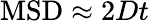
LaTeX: \mathrm{MSD}\approx 2Dt